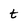
Character: t